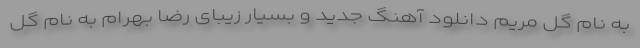
به نام گل مریم دانلود آهنگ جدید و بسیار زیبای رضا بهرام به نام گل